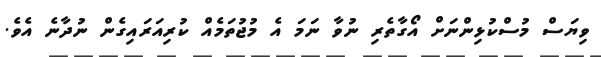
ވިޔަސް މުސްކުޅިންނަށް އޯގާތެރި ނުވާ ނަމަ އެ މުޖުތަމެއް ކުރިއަރައިގެން ނުދާނެ އެވެ.